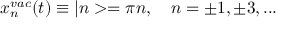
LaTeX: x _ { n } ^ { v a c } ( t ) \equiv | n > = \pi n , \quad n = \pm 1 , \pm 3 , . . .